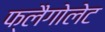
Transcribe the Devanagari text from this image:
फ्लैगोलेट